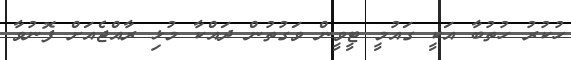
ހުކުރު ހުތުބާ އަކީ ގައުމީ ޓީވީން ވަގުތުން ދައްކާ މުޅި ރާއްޖެއަށް ފޮނުވާ